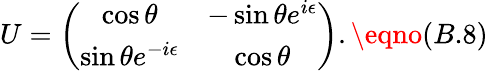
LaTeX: U=\left(\begin{array}{cc}{{\cos{\theta}}}&{{-\sin{\theta}e^{i{\epsilon}}}}\\ {{\sin{\theta}e^{-i{\epsilon}}}}&{{\cos{\theta}}}\end{array}\right).\eqno(B.8)